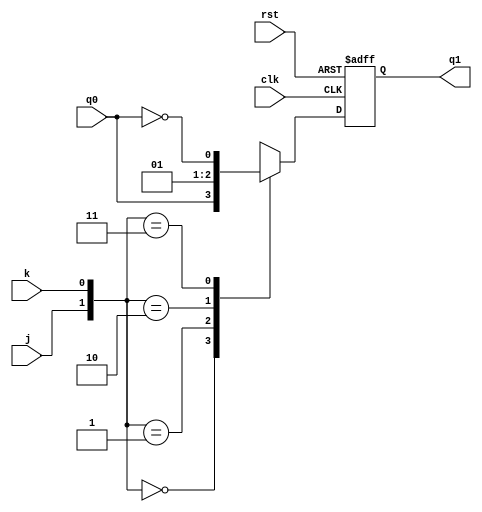
//03/23/21 12:46:47
//Author?xuhao Yang
//JK
`timescale 1ns/1ps
module  jk_reg(
		input clk,
		input rst,
		input j,
		input k,
		input q0,
		output reg q1
);


always@(posedge clk or negedge rst)begin
	
	if(~rst)begin
		q1 <= 0;
	end
	else begin
		case({j,k})
		2'b00:begin
			q1 <= q0;
		end
		2'b01:begin
			q1 <= 1'b0;
		end
		2'b10:begin
			q1 <= 1'b1;
		end
		2'b11:begin
			q1 <= (~q0);
		end
		
	endcase
	end

end

endmodule

module jk_reg_tb;
	reg clk,rst;
	reg j;
	reg k;
	reg q0;
	//reg cnt;
	wire q1;
	jk_reg jk(
			.clk(clk),
			.rst(rst),
			.j(j),
			.k(k),
			.q0(q0),
			.q1(q1)
	);
	
	initial begin
		clk <= 0;
		rst <= 0;
		//cnt <= 0;
		j <= 0;
		k <= 0;
		#17 rst<=1;
		#1000 $stop;
		
	end
	always#5 clk<=~clk;
	always@(posedge clk)begin
		#50 j <= 0;k <= 0;q0 <= 0; 
		#50 j <= 0;k <= 1;q0 <= 1; 
		#50 j <= 1;k <= 0;q0 <= 0; 
		#50 j <= 1;k <= 1;q0 <= 1; 
		//#50 j <= 0,k <= 0,q0 <= 0; 
	end
endmodule